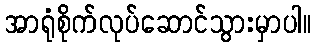
အာရုံစိုက်လုပ်ဆောင်သွားမှာပါ။